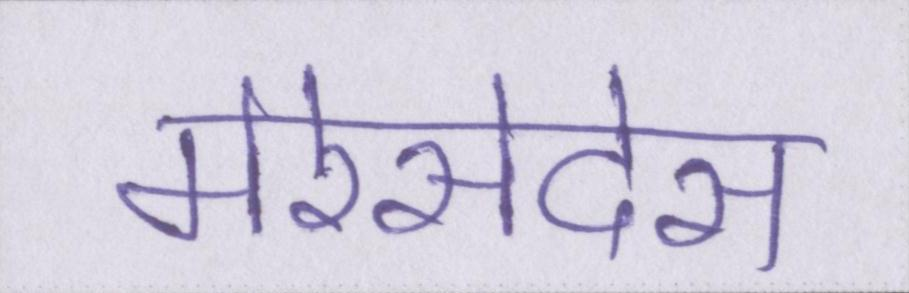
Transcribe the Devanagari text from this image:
मेरेसेदेस